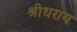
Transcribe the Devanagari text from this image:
श्रीधराय